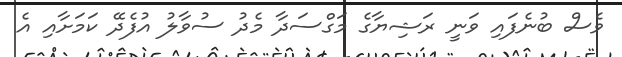
ވެސް ބުނެފައި ވަނީ ރަޝިޔާގެ މަގްސަދާ މެދު ސުވާލު އުފެދޭ ކަމަށާއި އެ